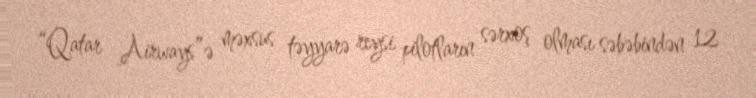
“Qatar Airways”ə məxsus təyyarə reysi pilotların sərxoş olması səbəbindən 12